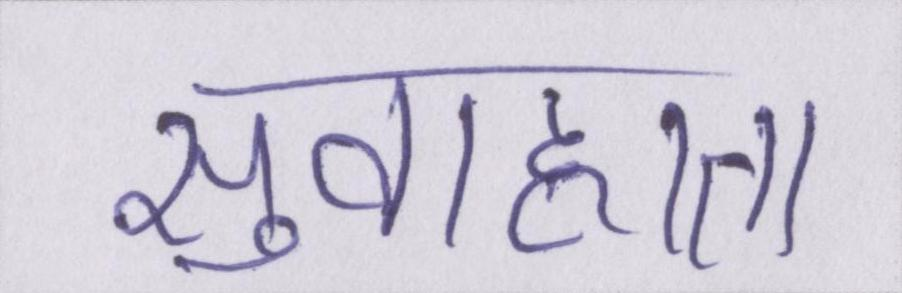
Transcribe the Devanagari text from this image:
सुवाह्यता